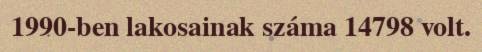
1990-ben lakosainak száma 14798 volt.